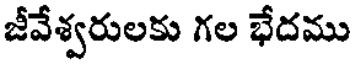
జీవేశ్వరులకు గల భేదము